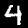
Digit: 4